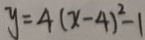
y = 4 ( x - 4 ) ^ { 2 } - 1